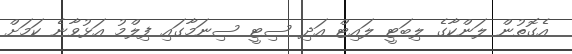
އެގޮތުން ލަންކާގެ ލިބަޓީ ލައިޓް އަދި ސިޓީ ސިނަމާގައި ފިލްމު އަޅުވާނެ ކަމަށް